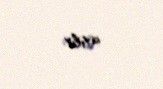
atılır.